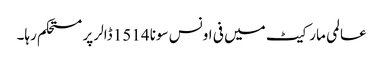
عالمی مارکیٹ میں فی اونس سونا 1514 ڈالر پر مستحکم رہا۔